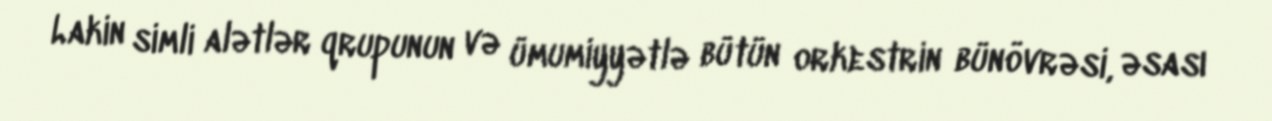
Lakin simli alətlər qrupunun və ümumiyyətlə bütün orkestrin bünövrəsi, əsası